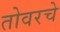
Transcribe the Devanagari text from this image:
तोवरचे